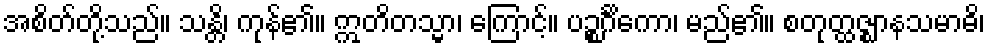
အစိတ်တို့သည်။ သန္တိ၊ ကုန်၏။ ဣတိတသ္မာ၊ ကြောင့်။ ပဉ္စင်္ဂိကော၊ မည်၏။ စတုတ္ထဇ္ဈာနသမာဓိ၊